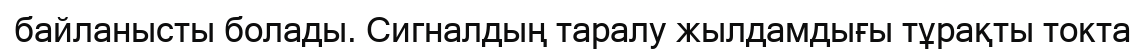
байланысты болады. Сигналдың таралу жылдамдығы тұрақты токта